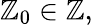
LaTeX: \mathbb{Z}_{0}\in\mathbf{{\mathbb{Z}}},